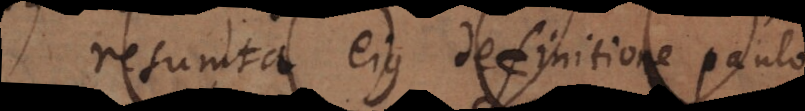
resumta ejus definitione paulo